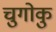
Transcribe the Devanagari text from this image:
चुगोकु